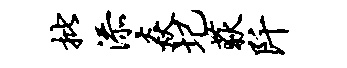
批添焱圮荻阡